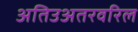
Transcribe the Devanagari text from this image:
अतिउअतरवरिल